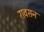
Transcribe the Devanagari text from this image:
रावसन